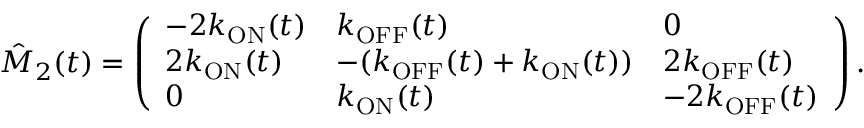
\hat { M } _ { 2 } ( t ) = \left( \begin{array} { l l l } { - 2 k _ { \mathrm { O N } } ( t ) } & { k _ { \mathrm { O F F } } ( t ) } & { 0 } \\ { 2 k _ { \mathrm { O N } } ( t ) } & { - ( k _ { \mathrm { O F F } } ( t ) + k _ { \mathrm { O N } } ( t ) ) } & { 2 k _ { \mathrm { O F F } } ( t ) } \\ { 0 } & { k _ { \mathrm { O N } } ( t ) } & { - 2 k _ { \mathrm { O F F } } ( t ) } \end{array} \right) .